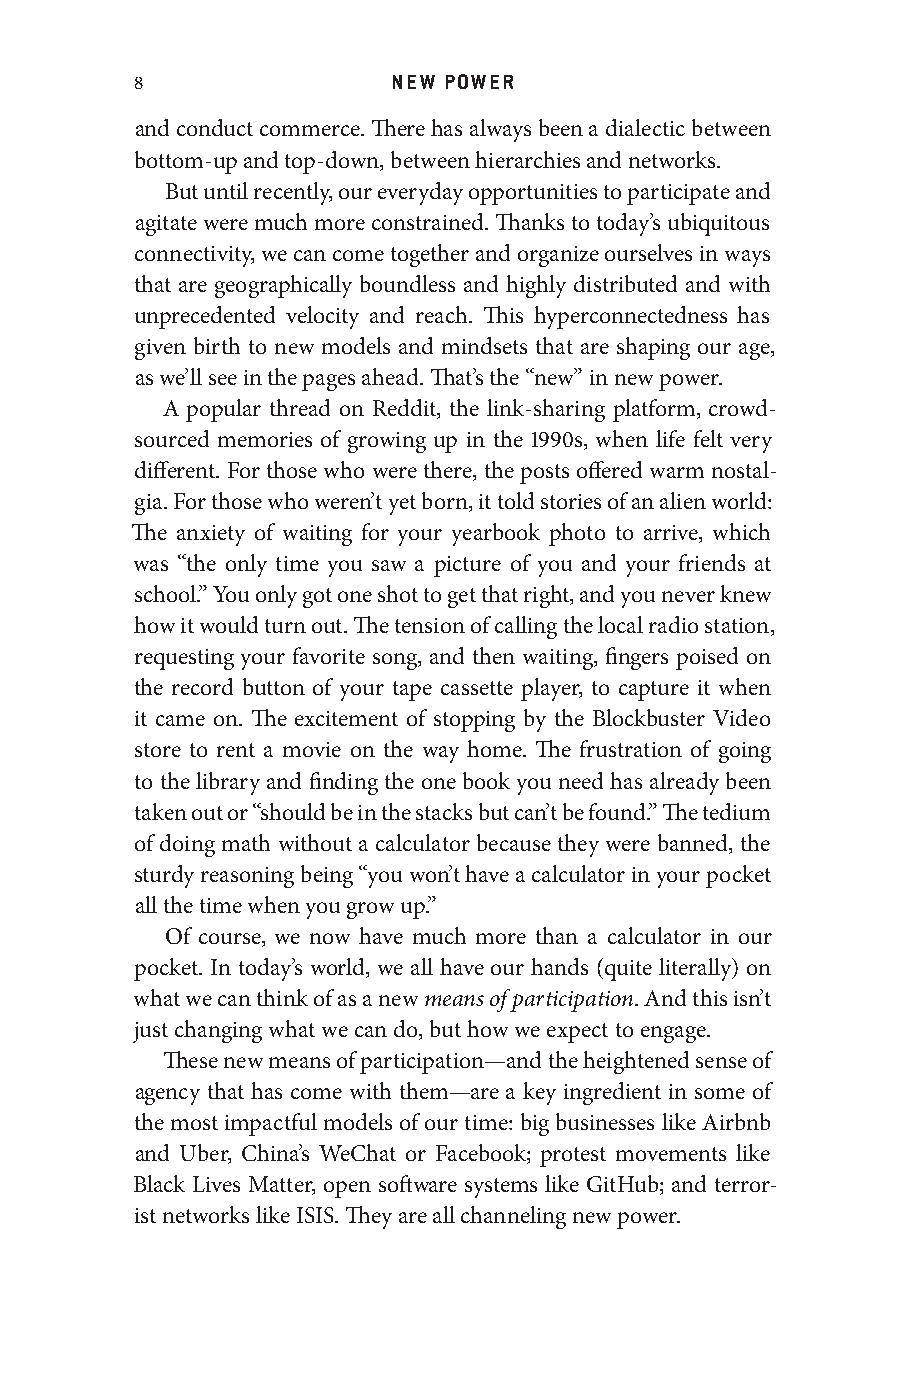
8                NEW POWER
 and conduct commerce. There has always been a dialectic between
 bottom-up and top-down, between hierarchies and networks.
 But until recently, our everyday opportunities to participate and
 agitate were much more constrained. Thanks to today’s ubiquitous
 connectivity, we can come together and organize ourselves in ways
 that are geographically boundless and highly distributed and with
 unprecedented velocity and reach. This hyperconnectedness has
 given birth to new models and mindsets that are shaping our age,
 as we’ll see in the pages ahead. That’s the “new” in new power.
 A popular thread on Reddit, the link- sharing platform, crowd-
 sourced memories of growing up in the 1990s, when life felt very
 different. For those who were there, the posts offered warm nostal-
 gia. For those who weren’t yet born, it told stories of an alien world:
 The anxiety of waiting for your yearbook photo to arrive, which
 was “the only time you saw a picture of you and your friends at
 school.” You only got one shot to get that right, and you never knew
 how it would turn out. The tension of calling the local radio station,
 requesting your favorite song, and then waiting, fingers poised on
 the record button of your tape cassette player, to capture it when
 it came on. The excitement of stopping by the Blockbuster Video
 store to rent a movie on the way home. The frustration of going
 to the library and finding the one book you need has already been
 taken out or “should be in the stacks but can’t be found.” The tedium
 of doing math without a calculator because they were banned, the
 sturdy reasoning being “you won’t have a calculator in your pocket
 all the time when you grow up.”
 Of course, we now have much more than a calculator in our
 pocket. In today’s world, we all have our hands (quite literally) on
 what we can think of as a new means of participation. And this isn’t
 just changing what we can do, but how we expect to engage.
 These new means of participation—a nd the heightened sense of
 agency that has come with them—a re a key ingredient in some of
 the most impactful models of our time: big businesses like Airbnb
 and Uber, China’s WeChat or Facebook; protest movements like
 Black Lives Matter, open software systems like GitHub; and terror-
 ist networks like ISIS. They are all channeling new power.